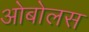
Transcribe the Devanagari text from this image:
ओबोलस